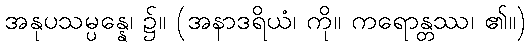
အနုပသမ္ပန္နေ၊ ၌။ (အနာဒရိယံ၊ ကို။ ကရောန္တဿ၊ ၏။)